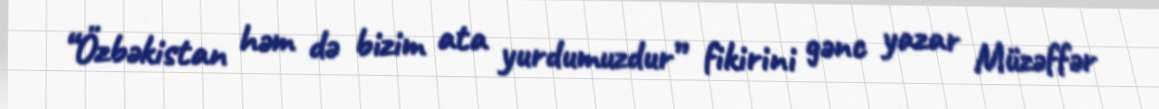
“Özbəkistan həm də bizim ata yurdumuzdur” fikirini gənc yazar Müzəffər